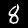
Label: 8